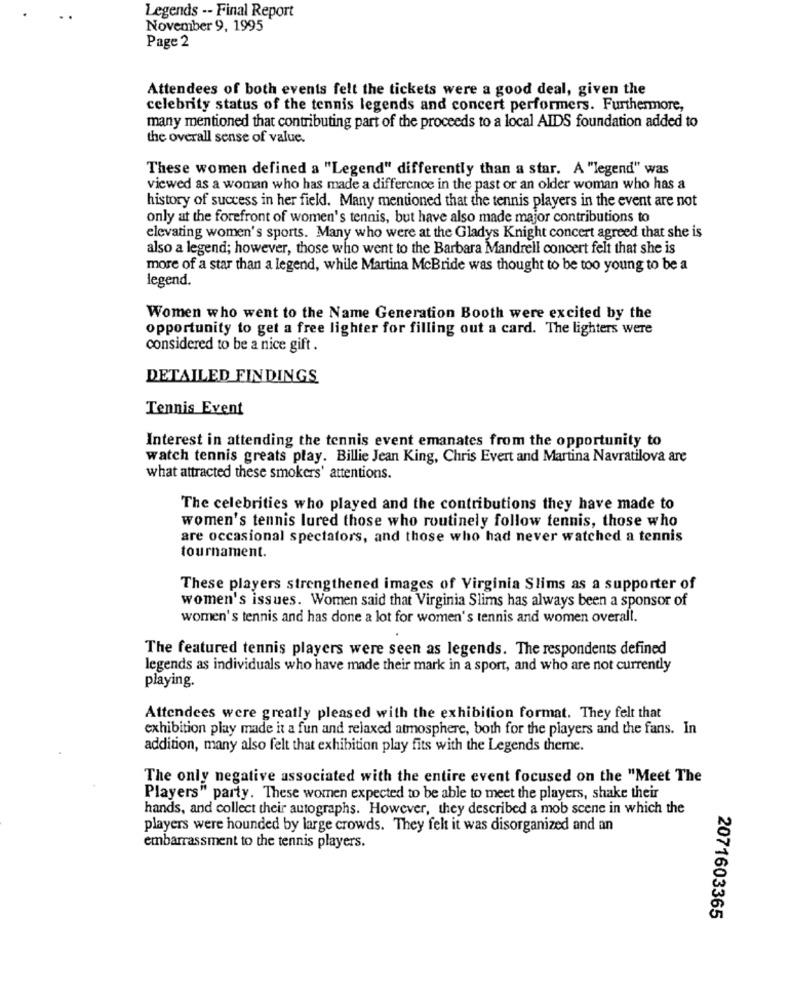
Legends -- Final Report
November 9, 1995
Page 2
Attendees of both events felt the tickets were a good deal, given the
celebrity status of the tennis legends and concert performers. Furthermore,
many mentioned that contributing part of the proceeds to a local AIDS foundation added to
the overall sense of value.
These women defined a "Legend" differently than a star. A "legend" was
viewed as a woman who has made a difference in the past or an older woman who has a
history of success in her field. Many mentioned that the tennis players in the event are not
only at the forefront of women's tennis, but have also made major contributions to
elevating women's sports. Many who were at the Gladys Knight concert agreed that she is
also a legend; however, those who went to the Barbara Mandrell concert felt that she is
more of a star than a legend, while Martina McBride was thought to be too young to be a
legend.
Women who went to the Name Generation Booth were excited by the
opportunity to get a free lighter for filling out a card. The lighters were
considered to be a nice gift .
DETAILED FINDINGS
Tennis Event
Interest in attending the tennis event emanates from the opportunity to
watch tennis greats play. Billie Jean King, Chris Evert and Martina Navratilova are
what attracted these smokers' attentions.
The celebrities who played and the contributions they have made to
women's tennis lured those who routinely follow tennis, those who
are occasional spectators, and those who had never watched a tennis
tournament.
These players strengthened images of Virginia Slims as a supporter of
women's issues. Women said that Virginia Slims has always been a sponsor of
women's tennis and has done a lot for women's tennis and women overall.
The featured tennis players were seen as legends. The respondents defined
legends as individuals who have made their mark in a sport, and who are not currently
playing.
Attendees were greatly pleased with the exhibition format. They felt that
exhibition play made it a fun and relaxed atmosphere, both for the players and the fans. In
addition, many also felt that exhibition play fits with the Legends theme.
The only negative associated with the entire event focused on the "Meet The
Players" party. These women expected to be able to meet the players, shake their
hands, and collect their autographs. However, they described a mob scene in which the
players were hounded by large crowds. They felt it was disorganized and an
embarrassment to the tennis players.
2071603365